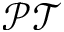
\mathcal { P T }